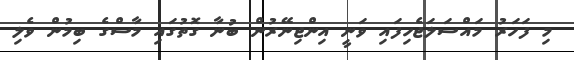
މި ފަހަރު މައްސަލަޖެހިފައި ވަނީ އިންޖިނޭރުން ބުނާ ގޮތުގައި މާސްގެ ބިމުން ވެލި